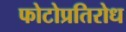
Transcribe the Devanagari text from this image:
फोटोप्रतिरोध